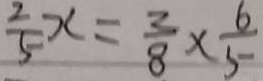
\frac { 2 } { 5 } x = \frac { 2 } { 8 } \times \frac { 6 } { 5 }